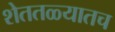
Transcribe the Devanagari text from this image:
शेततळ्यातच